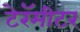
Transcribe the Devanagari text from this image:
टेरॅमीटर